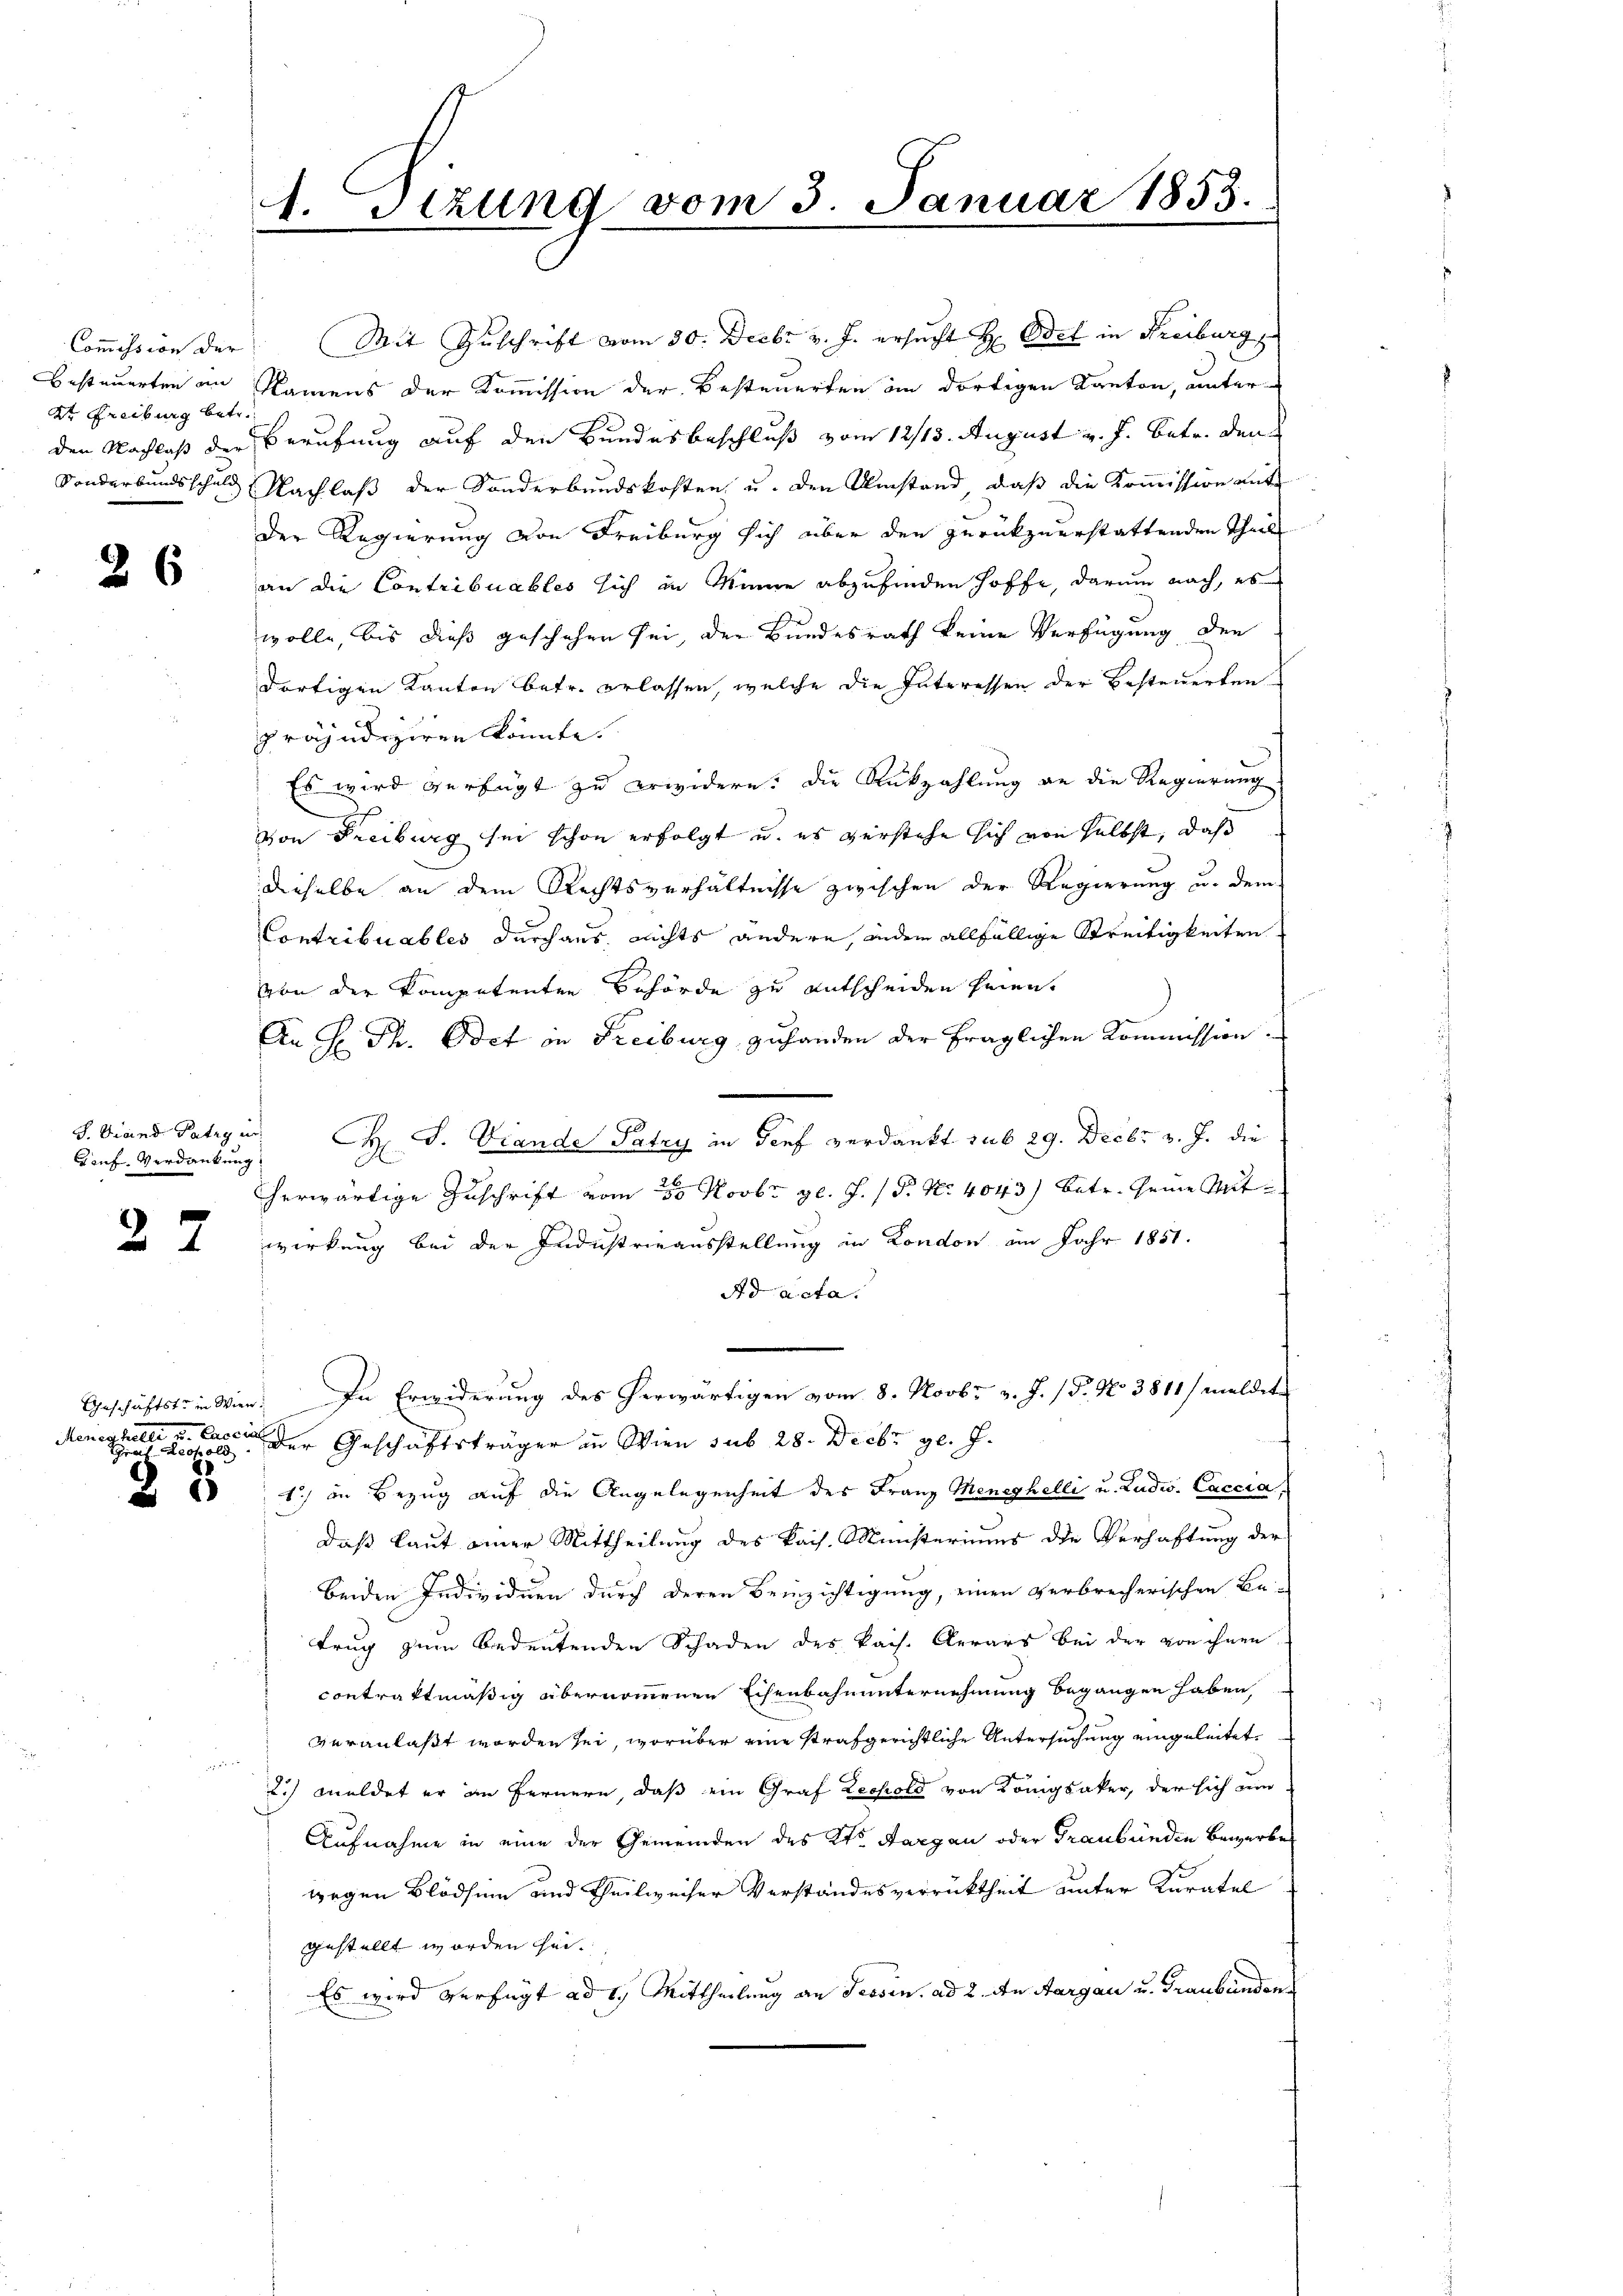
dr. Freiburg betr.

26

Lonf. Verdankung

27

1. Sitzung vom 3. Januar 1853.

Meneghelli u. Caccin

Coṁission der Mit Zŭschrift vom 30. Decbr v. J. ersucht H. Oder in Freiburg
Besteuerten an Namens der Kommission der Besteuerten in dortigen Kanton, unter-
den Nachlaß der Berufung auf den Bundesbeschluß vom 12/13. August v. J. betr. den
Sonderbundsschuld Nachlaß der Sonderbundskosten u. den Umstand, daß die Kommission mit
Der Regierung von Freiburg sich über den zurückzuerstattenden Theil
an die Contribuables sich in Meine abzufinden hoffe, darum nach, es
wolle, bis dieß geschehen sei, der Bundesrath keine Verfügung der
dortigen Kanton betr. erlassen, welche die Interessen der Besteuerten.
präjudiziren könnte. |
Es wird verfügt zu erwidern. Die Rückzahlung an die Regierung
von Freiburg sei schon erfolgt u. es verstehe sich von selbst, daß
dieselbe an dem Rechtsverhältnisse zwischen der Regierung u. dem
Contribuables durchaus nichts andern, indem allfällige Streitigkeiten
von der kompetenten Behörde zu entscheiden heien.
An Hr. Th. Odet in Freiburg zufanden der fraglichen Kommission
.
S. Stand Patrois H. F. Viande Patzy in Genf verdankt sub 29. Decbr v. J. die
herwärtige Zuschrift vom 30. Novbr. gl. J. P. Nr. 4043) betr. seine Mitwirkung bei der Industrieausstellung in London am Jahr 1851.
Ad acta.
Geschäftste in Wien. In Erwiderung des herwärtigen vom 8. Novbr. v. J. (T. No 3811/ meldet
een eine der Geschäftsträger in Wien sub 28. Decbr. gl. J.
 1) in Bezug auf die Angelegenheit des Franz Meneghelli u. Ludw. Caccia
daß laut einer Mittheilung des kais. Ministeriums die Verhaftung der
beiden Individuen durch deren Beinzichtigung, einen verbrecherischen Be-
trug zum Bedeutenden Schaden des kais. Aerars bei der von ihnen
contraktmäßig übernommenen Eisenbahnunternehmung begangen haben,
veranlaßt worden sei, worüber eine strafgerichtliche Untersuchung eingeleitet
2) meldet er in Fernern, daß ein Graf Leopold von Königsaker, der sich um
Aufnahme in eine der Gemeinden des Kts. Aargau oder Graubünden Bewerbe
wegen Blödsinn und Theilweiser Verstandesverrücktheit unter Kuratel
gestellt worden sei.
Es wird verfügt ad 1. Mittheilung an Fessen. ad 2. In Aargau u. Graubünden